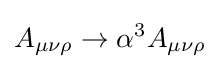
A_{\mu \nu \rho }\rightarrow \alpha ^{3}A_{\mu \nu \rho }